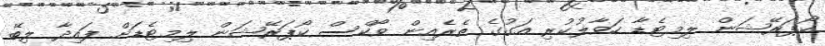
ކޯޕަރޭޝަން ލިމިޓެޑާ ހަވާލުކުރި އަގުގެ ތެރެއިން ވޯކްސް ކޯޕަރޭޝަން ލިމިޓެޑަށް ފައިދާ ލިބޭ